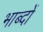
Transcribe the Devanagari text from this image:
भाब्दों